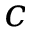
c